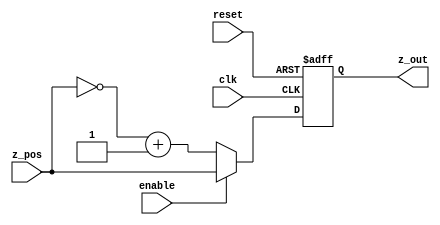
// Two complement out module.
// Inputs:
//   z_pos - parrallel 24-bit input
//   enable - If enable is low, the circuit take the twos complement
//   reset - asynchronous reset
//   clk - clock signal
// Outputs:
//   z_out - parallel 24-bit output
module twos_complement_out (z_pos, enable, reset, clk, z_out);

// Input definitions
input enable, reset, clk;
input [23:0] z_pos;

// Output definitions
output [23:0] z_out;
reg [23:0] z_out_local;
assign z_out = z_out_local;

always@(posedge clk or posedge reset) begin
  // Asynchronous reset
  if (reset) begin
    z_out_local <= 'b0;
  // If enable is high we just pass through
  end else if (enable) begin
    z_out_local <= z_pos;
  // Otherwise, we obtain the twos complement
  end else begin 
    z_out_local <= (~z_pos) + 1;
  end
end

endmodule